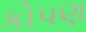
કોપણ